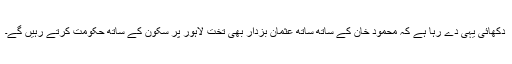
دکھائی یہی دے رہا ہے کہ محمود خان کے ساتھ ساتھ عثمان بزدار بھی تخت لاہور پر سکون کے ساتھ حکومت کرتے رہیں گے۔